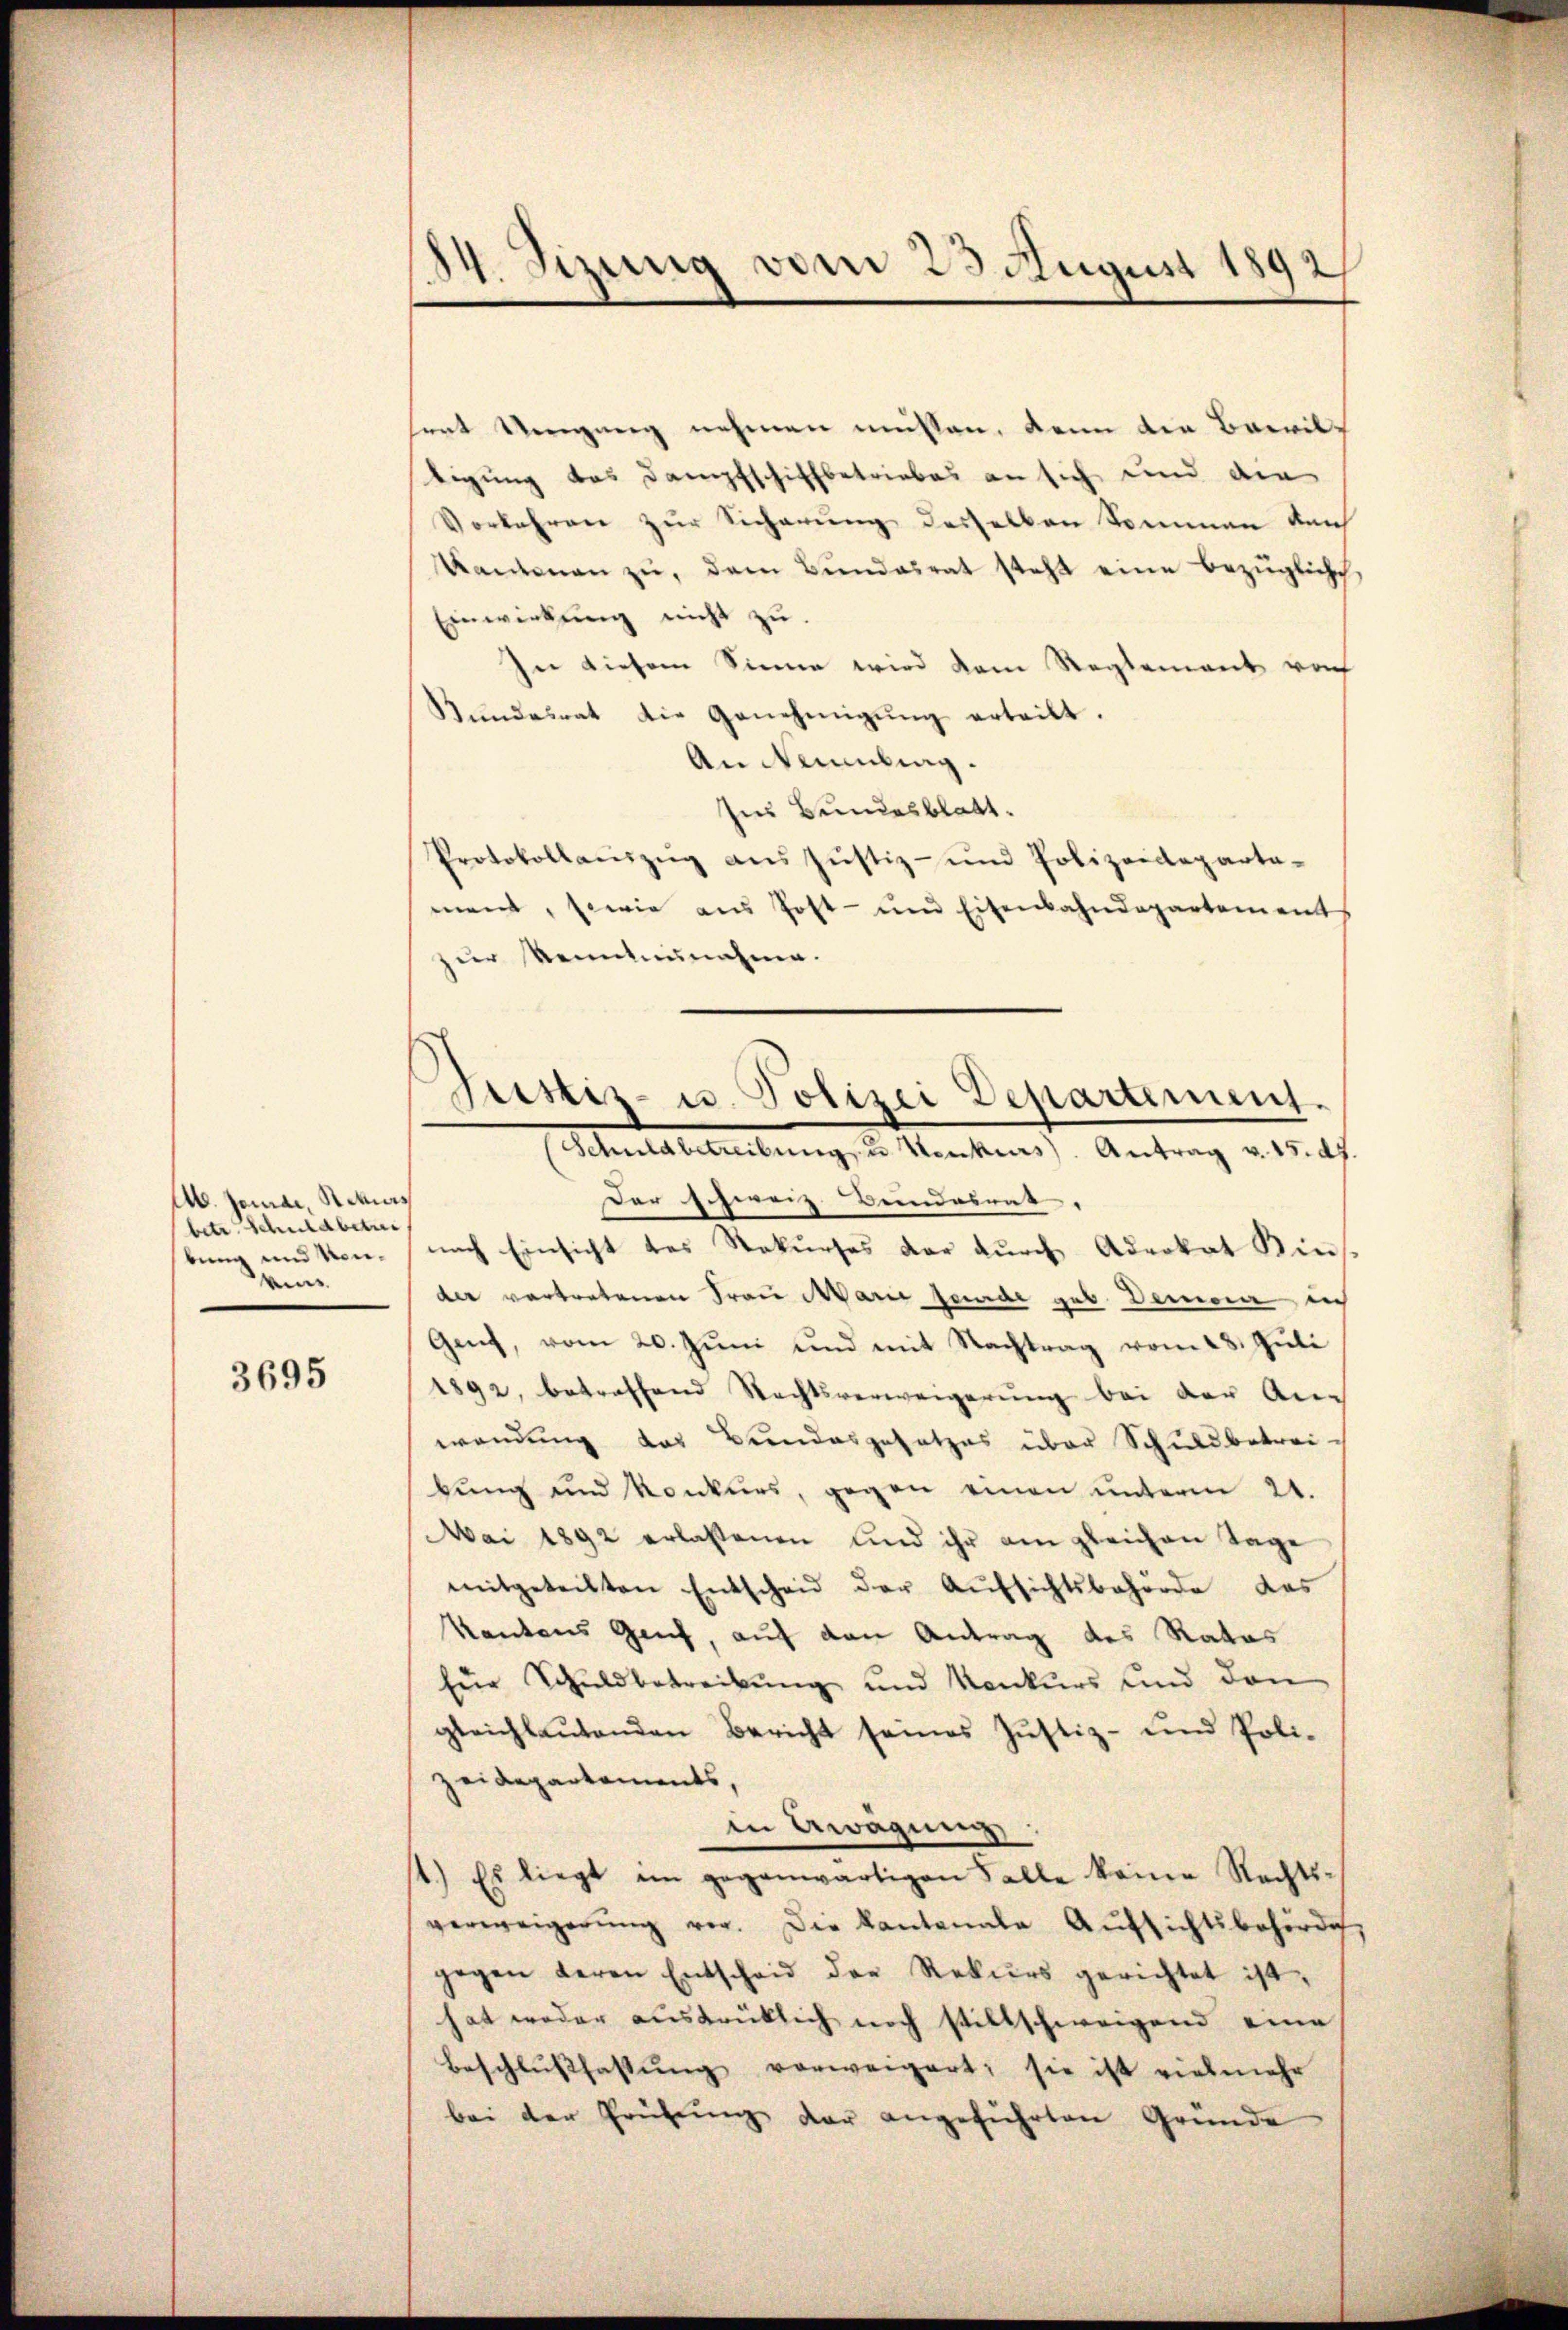
46. Januar, etwas
betr. Schuldbetre
bung und Neuein¬

3695

d
84. Sizung vom 23. August 1892

hert Vergang nehmen müssen, kann die Bewiltigung das Dampfschiffbetriebes an sich und die
Vorkehren zur Sicherung desselben kommen den
Kantonen zŭ, dem Bŭndesrat steht eine bezügliche
Einwirkung nicht zu
In diesem Sinne wird dem Reglement vo
Bŭndesrat die Genehmigŭng erteilt.
An Neumling.
Ins Bundesblatt.
Protokollaŭszŭg aŭs Jŭstiz- und Polizeideparta-
ment, sowie am Post- und Eisenbahndepartements
zur Kenntnisnahme.
Der Schweiz. Beindesrat
nach Einsicht des Rekurses der durch Advokat Bins
der vertretenen Frau Marie feinde geb. Demora in
Gant, vom 20. Jŭni und mit Nachtrag vom 28. Juli
1892, betreffend Rechtsverweigerŭng bei der An-
wendung das Bundesgesetzes über Schuldbetrei-
bung und Konkurs, gegen einen unterm 21.
Mai 1892 erlassenen und ihr am gleichen Tage
mitgeteilten Entscheid der Aŭfsichtsbehörde das
kantons Genf, auf den Antrag des Rates
für Schuldbetreibung und Konkurs und den
gleichlaŭtenden Bericht seines Jŭstiz- und Poli-
zeidepartements
in Gwagnen,
1.) Es liegt im gegenwärtigen Falle keine Rechts-
verweigerŭng vor. Die Kantonale Aŭfsichtsbehörde
gegen deren Entscheid der Rekurs gerichtet ist,
hat weder ausdrücklich noch stillschweigend eine
Beschlussfastung vorweigert; sie ist vielmehr
bei der Prüfŭng der angeführten Gründe

Justiz- u. Polizei Departement.
Schuldbetribung, u. Menckens). Antrag u. 15. ds.